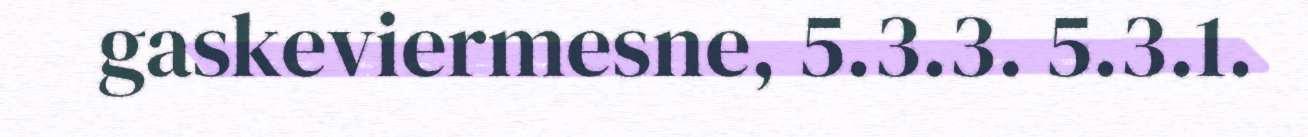
gaskeviermesne, 5.3.3. 5.3.1.